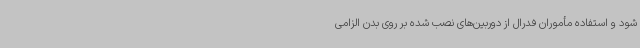
شود و استفاده مأموران فدرال از دوربین‌های نصب شده بر روی بدن الزامی